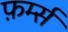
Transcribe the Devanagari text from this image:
फ़र्म्स